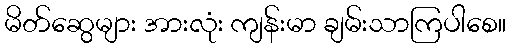
မိတ်ဆွေများ အားလုံး ကျန်းမာ ချမ်းသာကြပါစေ။